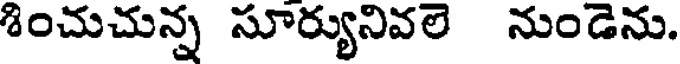
శించుచున్న సూర్యునివలె నుండెను.